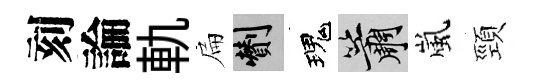
刻論軌扁剪瑰簫嵐頸